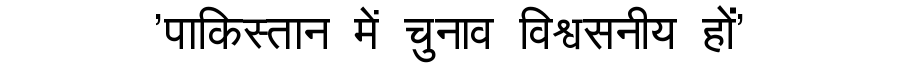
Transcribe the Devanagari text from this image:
'पाकिस्तान में चुनाव विश्वसनीय हों'